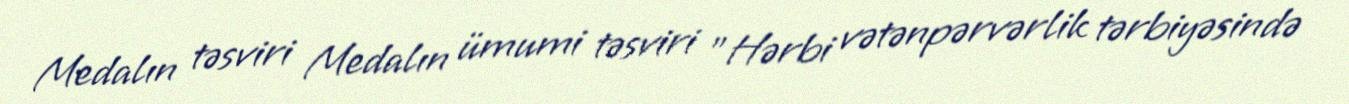
Medalın təsviri Medalın ümumi təsviri "Hərbi vətənpərvərlik tərbiyəsində